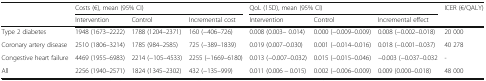
|  | <COLSPAN=3> Costs (€), mean (95% CI) | <COLSPAN=3> QoL (15D), mean (95% CI) | ICER (€/QALY) |
 |  | Intervention | Control | Incremental cost | Intervention | Control | Incremental effect |  |
 | --- | --- | --- | --- | --- | --- | --- | --- |
 | Type 2 diabetes | 1948 (1673–2222) | 1788 (1204–2371) | 160 (−406–726) | 0.008 (0.003– 0.014) | 0.000 (−0.009–0.009) | 0.008 (−0.002–0.018) | 20 000 |
 | Coronary artery disease | 2510 (1806–3214) | 1785 (984–2585) | 725 (−389–1839) | 0.019 (0.007–0.030) | 0.001 (−0.014–0.016) | 0.018 (−0.001–0.037) | 40 278 |
 | Congestive heart failure | 4469 (1955–6983) | 2214 (−105–4533) | 2255 (−1669–6180) | 0.013 (−0.007–0.032) | 0.015 (−0.015–0.046) | −0.003 (−0.037–0.032 | - |
 | All | 2256 (1940–2571) | 1824 (1345–2302) | 432 (−135–999) | 0.011 (0.006 − 0.015) | 0.002 (−0.006–0.009) | 0.009 (0.000–0.018) | 48 000 |